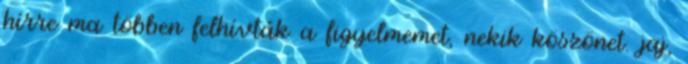
hírre ma többen felhívták a figyelmemet, nekik köszönet. jaj,